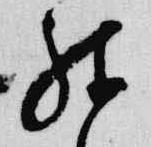
殊